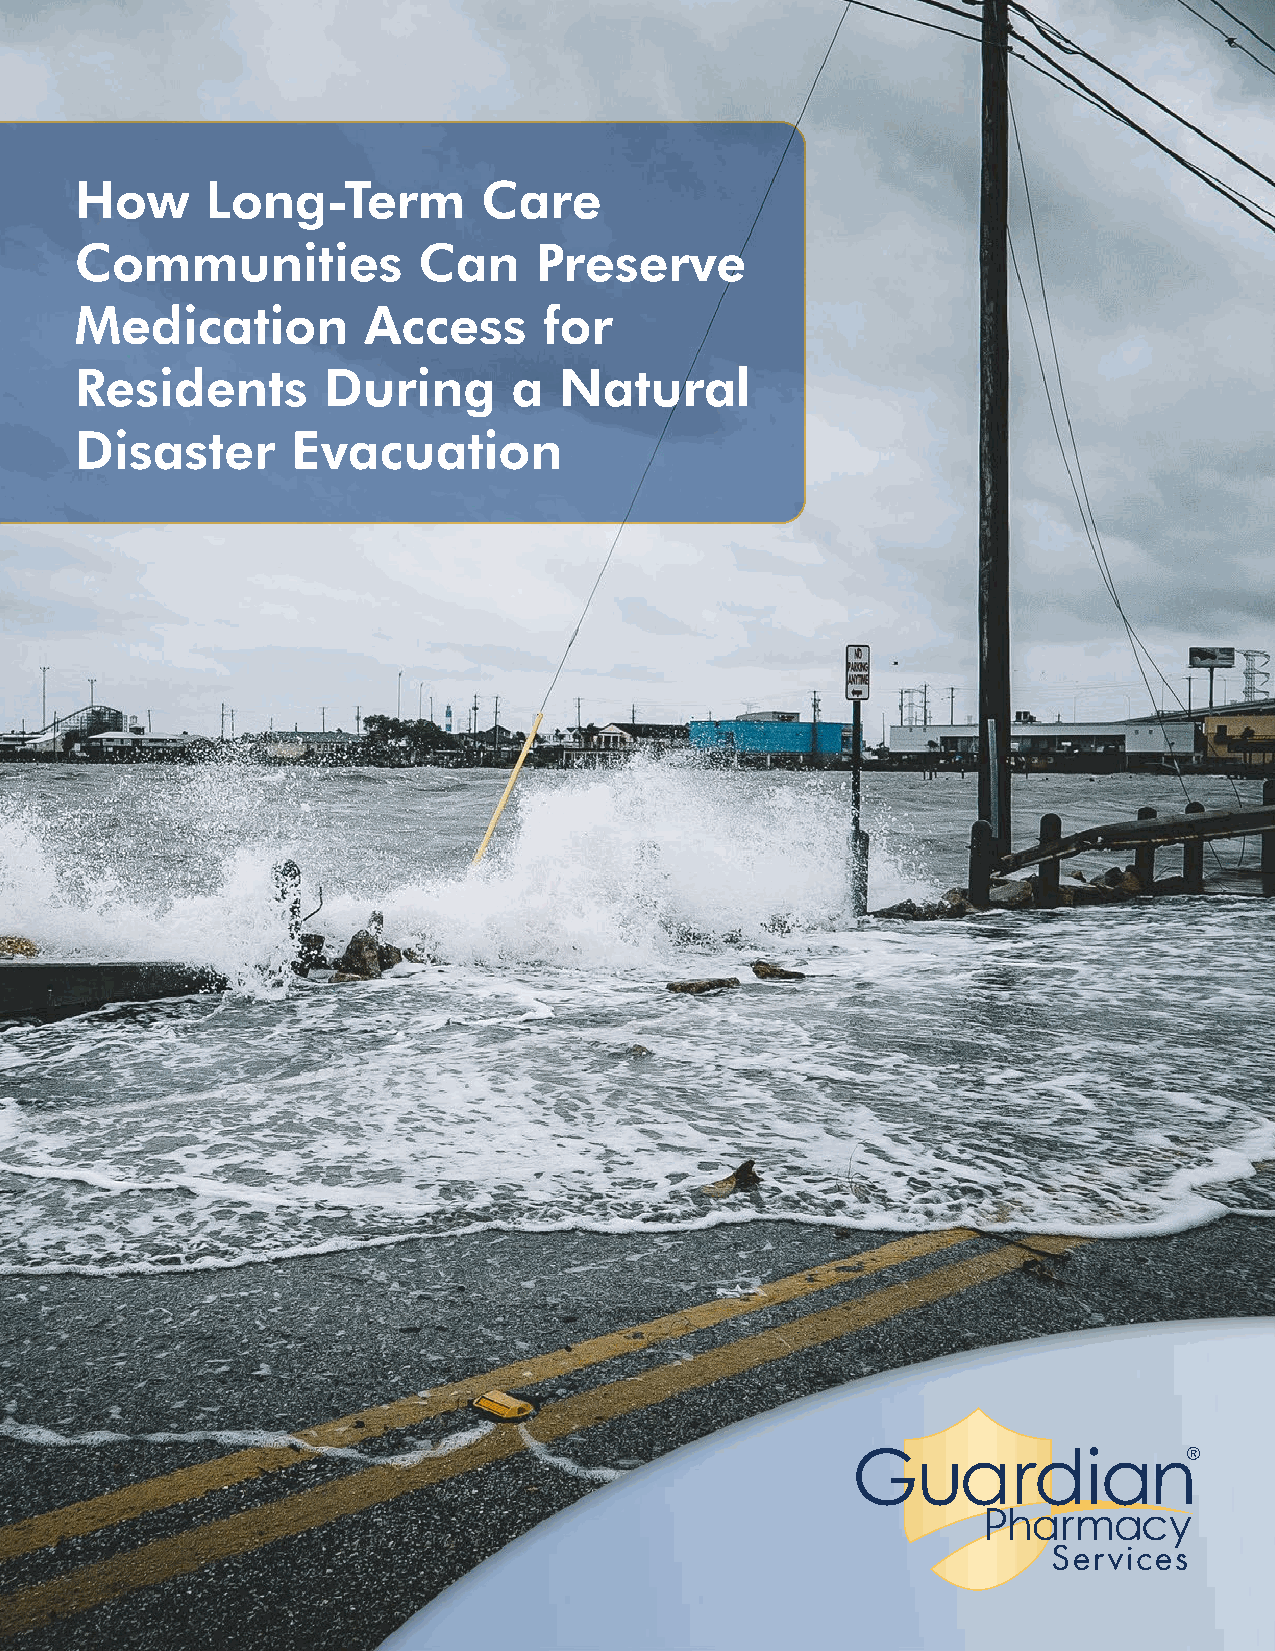
How      Long-Term         Care
 Communities            Can    Preserve
 Medication         Access      for
 Residents       During       a  Natural
 Disaster      Evacuation
 | 1